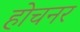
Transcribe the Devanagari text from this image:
होचनर